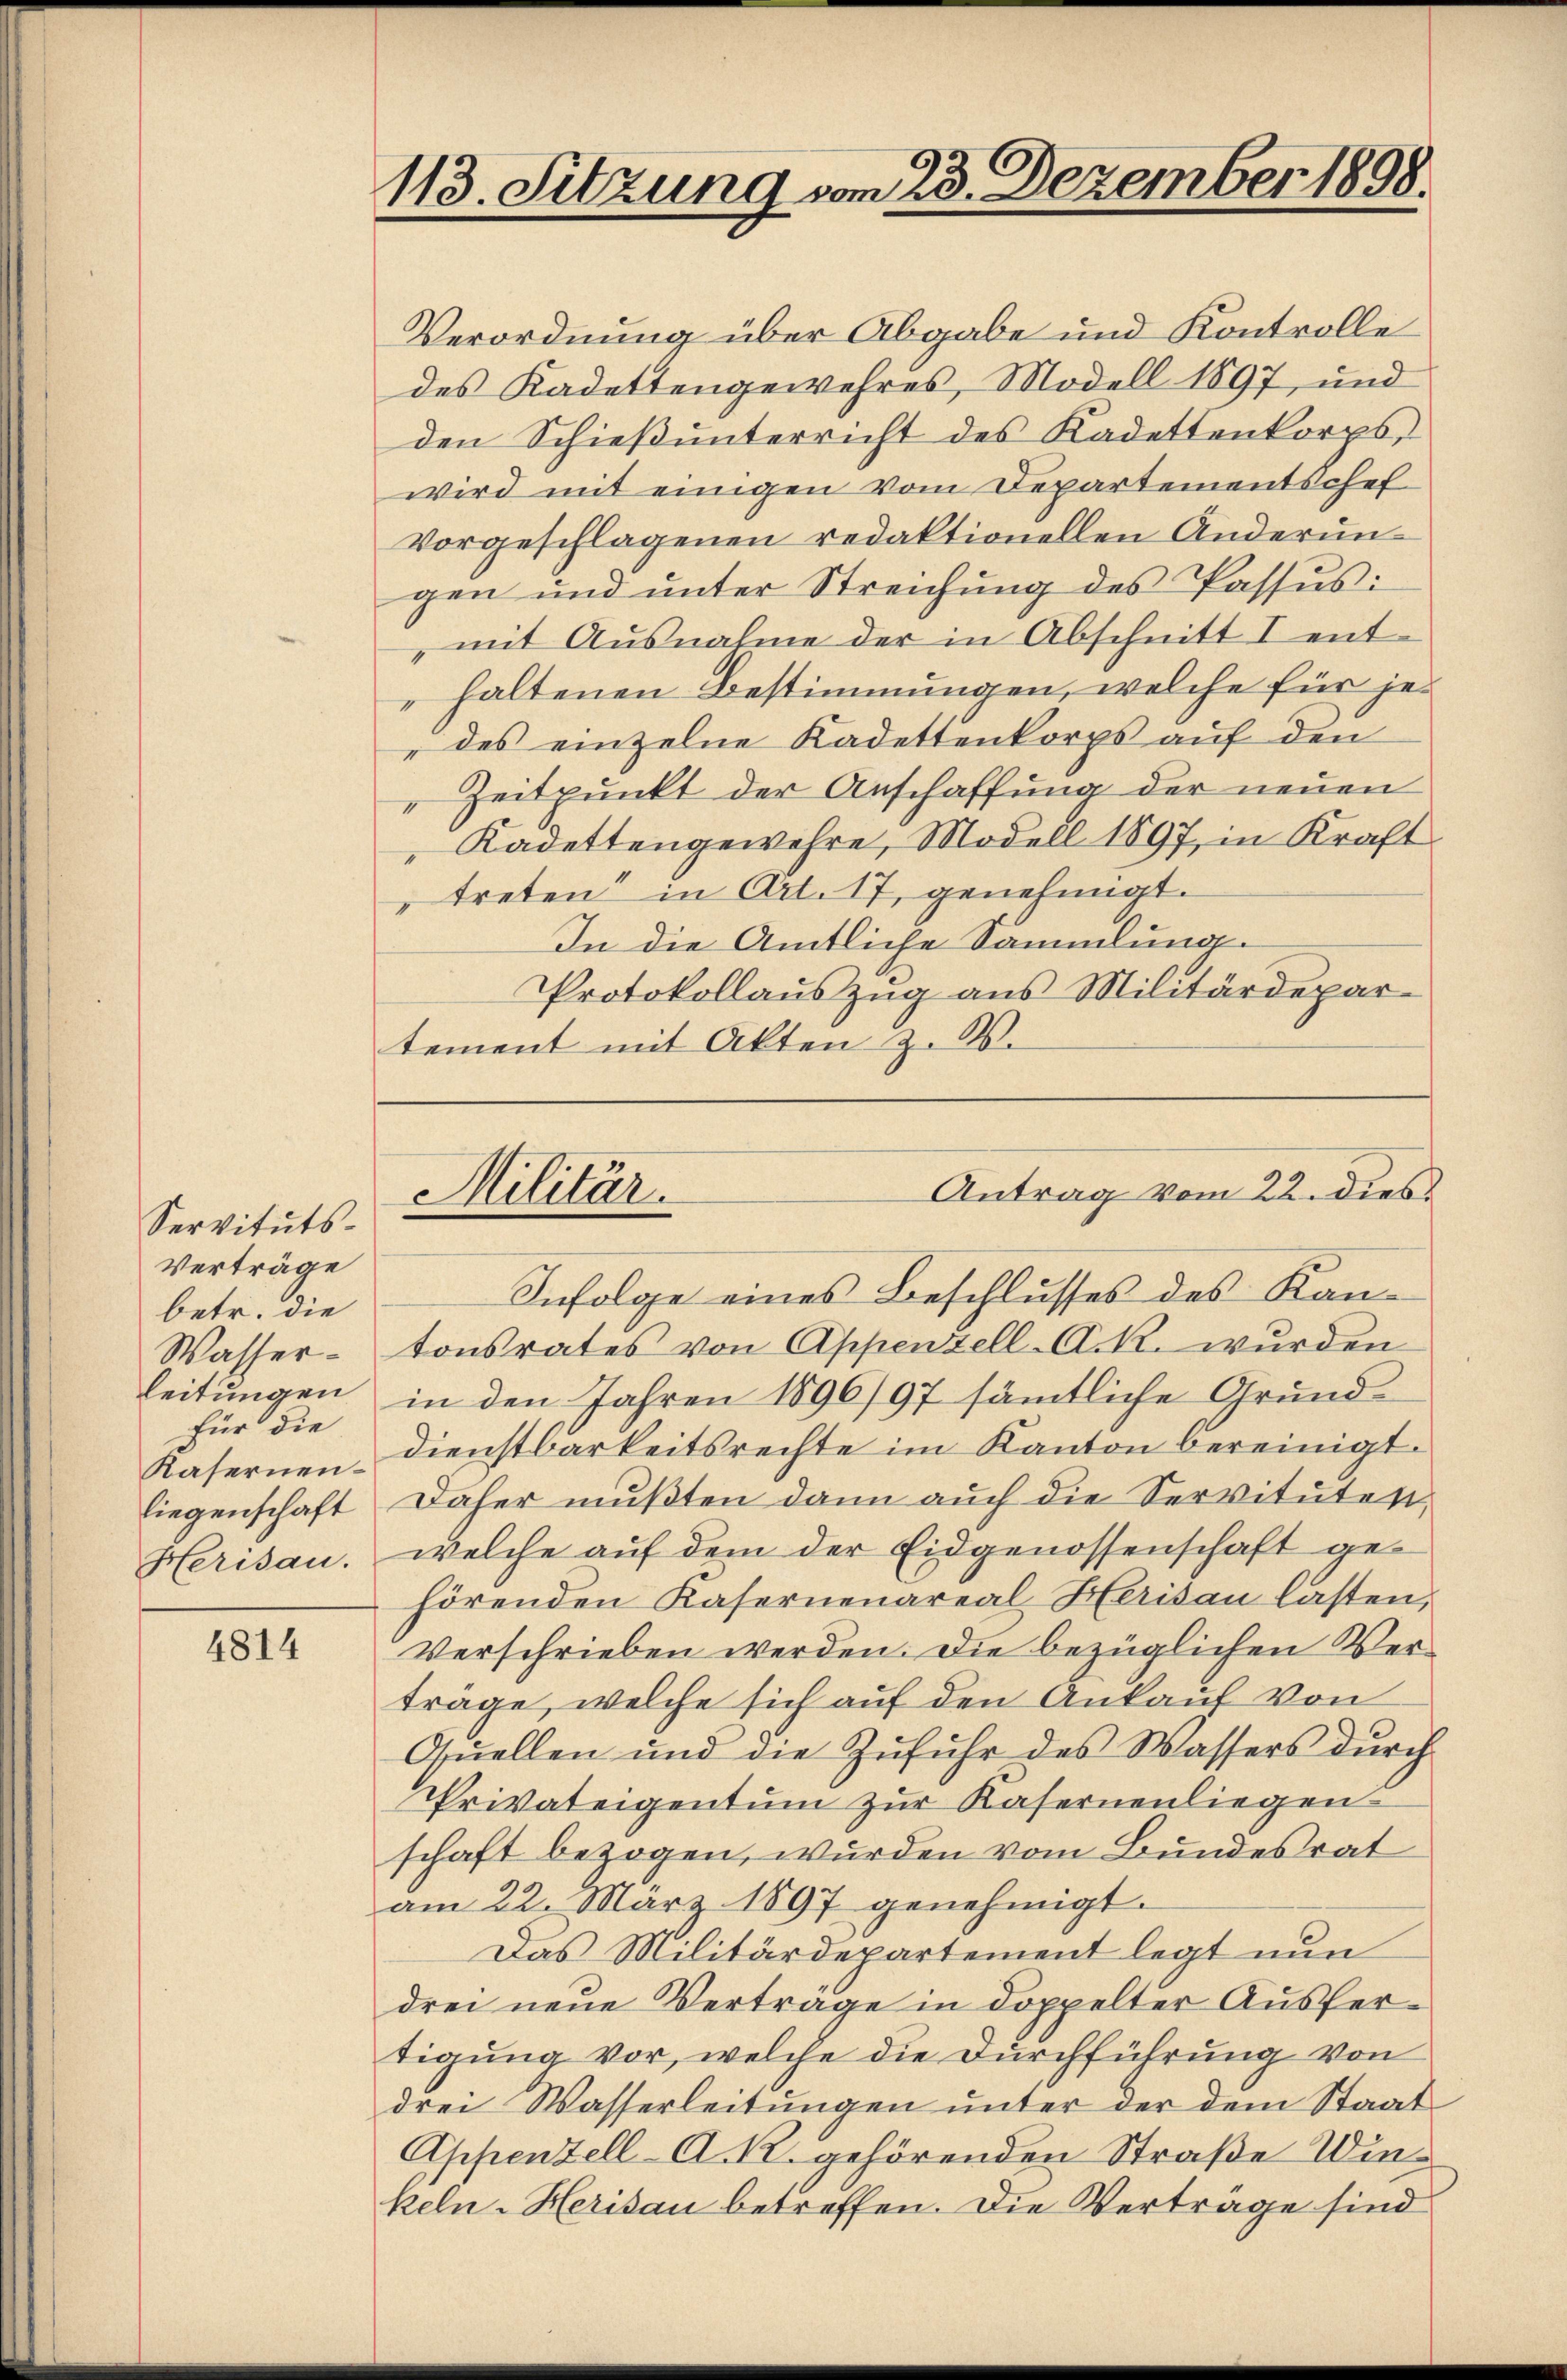
Servituts-
Verträge
betr. die
Wasser-
leitungen
für die
Kasernenliegenschaft
Herisau.

4814

113. Sitzung vom 23. Dezember 1898.

Verordnung über Abgabe und Kontrolle
des Kadettengewehres, Modell 1897, und
den Schieß unterricht des Kadettenkorps,
wird mit einigen vom Departementschef
vorgeschlagenen redaktionellen Anderungen und unter Streichung des Passus:
„mit Ausnahme der in Abschnitt I enthaltenen Bestimmungen, welche für je¬
" des einzelne Kadettenkorps auf den
Zeitpunkt der Anschaffung der neuen
Kadettengewehre, Modell 1897, in Kraft
" treten in Art. 17, genehmigt.
In die Amtliche Sammlung.
Protokollauszug aus Militärdepar-
tement mit Akten z. B.

Militär.

Infolge eines Beschlusses des Kantonsrates von Appenzell-A. R. wurden
in den Jahren 1896/97 sämtliche Grunddienstbarkeitsrechte im Kanton bereinigt.
Daher mußten dann auch die Servitutest,
welche auf dem der Eidgenossenschaft gehörenden Kasernenareal Herisau lasten.
Verschrieben werden. Die bezüglichen Verträge, welche sich auf den Ankauf von
Quellen und die Zufuhr des Wassers durch
Privateigentum zur Kasernenliegen
schaft bezogen, wurden vom Bundesrat
am 22. März 1897 genehmigt.
Das Militärdepartement legt nun
drei neue Vertrage in doppelter Ausfertigung vor, welche die Durchführung von
drei Wasserleitungen unter der dem Staat
Appenzell A. Kr. gehörenden Straße Winkeln-Herisau betreffen. Die Vertrage sind

Antrag vom 22. dies